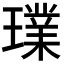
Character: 𤩶